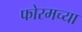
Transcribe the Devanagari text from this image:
फोरमच्या